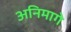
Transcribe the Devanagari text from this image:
अनिमागे